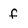
Character: f